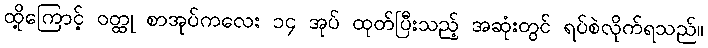
ထို့ကြောင့် ဝတ္ထု စာအုပ်ကလေး ၁၄ အုပ် ထုတ်ပြီးသည့် အဆုံးတွင် ရပ်စဲလိုက်ရသည်။